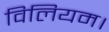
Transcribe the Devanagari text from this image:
विलियम।